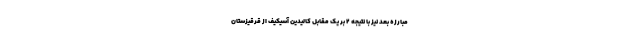
مبارزه بعد نیز با نتیجه ۲ بر یک مقابل کالیدین آسیکیف از قرقیزستان